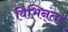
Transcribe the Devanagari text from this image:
विभिन्ंता